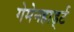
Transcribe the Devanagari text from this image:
गेमेनहार्ड्ट